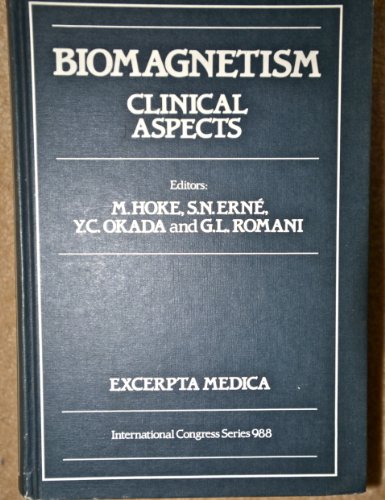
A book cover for Biomagnetism: Clinical Aspects : Proceedings of the 8th International Conference on Biomagnetism, Munster, 19-24 August, 1991 (International Congress Series); Manfried Hoke; Science & Math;